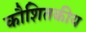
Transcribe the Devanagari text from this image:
कौशितकीय